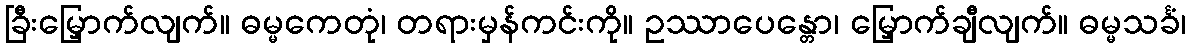
ခြီးမြှောက်လျက်။ ဓမ္မကေတုံ၊ တရားမှန်ကင်းကို။ ဥဿာပေန္တော၊ မြှောက်ချီလျက်။ ဓမ္မသင်္ခံ၊